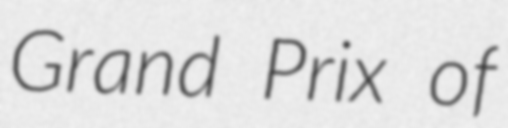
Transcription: Grand Prix of